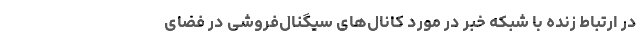
در ارتباط زنده با شبکه خبر در مورد کانال‌های سیگنال‌فروشی در فضای